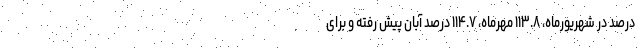
درصد در شهریورماه، ۱۱۳.۸ مهرماه، ۱۱۴.۷ درصد آبان پیش رفته و برای